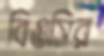
বিওসির